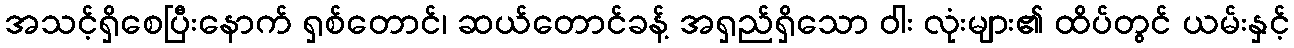
အသင့်ရှိစေပြီးနောက် ရှစ်တောင်၊ ဆယ်တောင်ခန့် အရှည်ရှိသော ဝါး လုံးများ၏ ထိပ်တွင် ယမ်းနှင့်